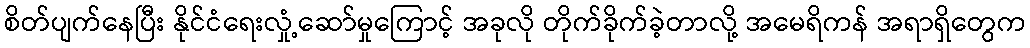
စိတ်ပျက်နေပြီး နိုင်ငံရေးလှုံ့ဆော်မှုကြောင့် အခုလို တိုက်ခိုက်ခဲ့တာလို့ အမေရိကန် အရာရှိတွေက